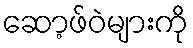
ဆော့ဖ်ဝဲများကို